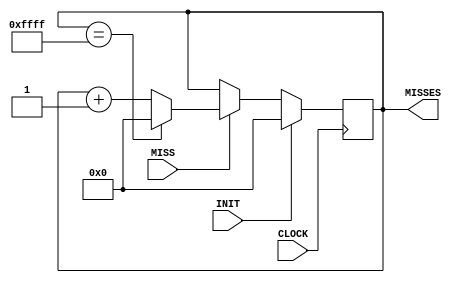
module counter (
    input CLOCK,
    input INIT,
    input MISS,
    output wire [15:0] MISSES
);

reg [15:0] temp;

always @(posedge CLOCK)
begin
    if (INIT)
        temp <= 16'b0000000000000000;
    else if (MISS)
    begin
        if (temp == 16'hFFFF)
            temp <= 16'b0000000000000000;
        else
            temp <= temp + 1;
    end
end

assign MISSES = temp;

endmodule